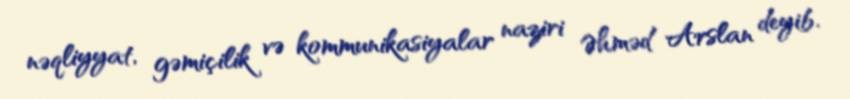
nəqliyyat, gəmiçilik və kommunikasiyalar naziri Əhməd Arslan deyib.